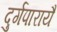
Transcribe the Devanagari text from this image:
दुर्गपारायै